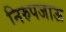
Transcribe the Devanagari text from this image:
निरुपजाऊ